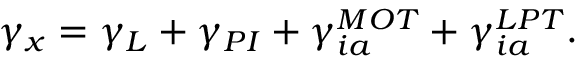
\gamma _ { x } = \gamma _ { L } + \gamma _ { P I } + \gamma _ { i a } ^ { M O T } + \gamma _ { i a } ^ { L P T } .